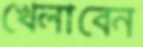
খেলাবেন